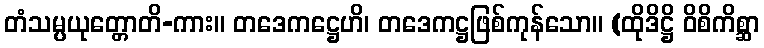
တံသမ္ပယုတ္တောတိ-ကား။ တဒေကဋ္ဌေဟိ၊ တဒေကဋ္ဌဖြစ်ကုန်သော။ (ထိုဒိဋ္ဌိ ဝိစိကိစ္ဆာ